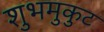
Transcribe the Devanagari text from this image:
शुभमुकुट